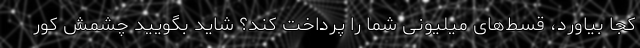
کجا بیاورد، قسط‌های میلیونی شما را پرداخت کند؟ شاید بگویید چشمش کور